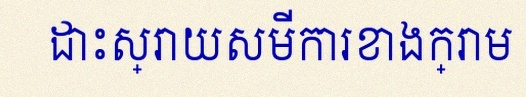
ដោះស្រាយសមីការខាងក្រោម